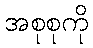
အစုစုကို